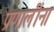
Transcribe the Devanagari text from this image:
प्रणालींना